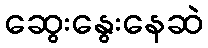
ဆွေးနွေးနေဆဲ